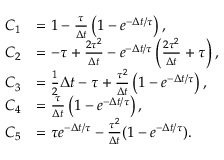
\begin{array} { r l } { C _ { 1 } } & { = 1 - \frac { \tau } { \Delta t } \left( 1 - e ^ { - \Delta t / \tau } \right) , } \\ { C _ { 2 } } & { = - \tau + \frac { 2 \tau ^ { 2 } } { \Delta t } - e ^ { - \Delta t / \tau } \left( \frac { 2 \tau ^ { 2 } } { \Delta t } + \tau \right) , } \\ { C _ { 3 } } & { = \frac 1 2 \Delta t - \tau + \frac { \tau ^ { 2 } } { \Delta t } \left( 1 - e ^ { - \Delta t / \tau } \right) , } \\ { C _ { 4 } } & { = \frac { \tau } { \Delta t } \left( 1 - e ^ { - \Delta t / \tau } \right) , } \\ { C _ { 5 } } & { = \tau e ^ { - \Delta t / \tau } - \frac { \tau ^ { 2 } } { \Delta t } ( 1 - e ^ { - \Delta t / \tau } ) . } \end{array}